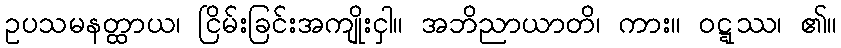
ဥပသမနတ္ထာယ၊ ငြိမ်းခြင်းအကျိုးငှါ။ အဘိညာယာတိ၊ ကား။ ဝဋ္ဋဿ၊ ၏။